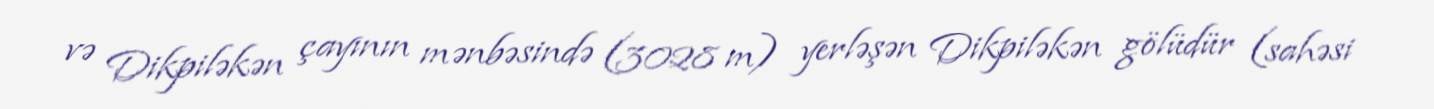
və Dikpiləkən çayının mənbəsində (3028 m) yerləşən Dikpiləkən gölüdür (sahəsi